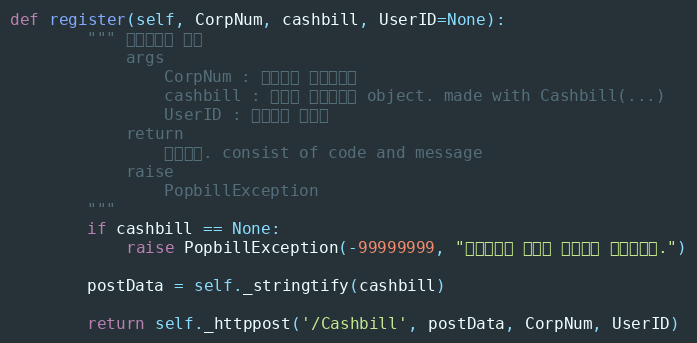
Language: Python
def register(self, CorpNum, cashbill, UserID=None):
        """ 현금영수증 등록
            args
                CorpNum : 팝빌회원 사업자번호
                cashbill : 등록할 현금영수증 object. made with Cashbill(...)
                UserID : 팝빌회원 아이디
            return
                처리결과. consist of code and message
            raise
                PopbillException
        """
        if cashbill == None:
            raise PopbillException(-99999999, "현금영수증 정보가 입력되지 않았습니다.")

        postData = self._stringtify(cashbill)

        return self._httppost('/Cashbill', postData, CorpNum, UserID)